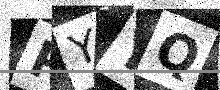
Text: PYYQ